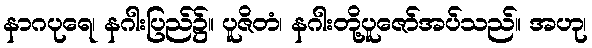
နာဂပုရေ၊ နဂါးပြည်၌။ ပူဇိတံ၊ နဂါးတို့ပူဇော်အပ်သည်။ အဟု၊